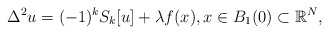
\begin{align*}\Delta^2 u = (-1)^k S_k[u] + \lambda f(x), x \in B_1(0) \subset \mathbb{R}^N,\end{align*}